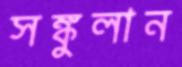
সঙ্কুলান